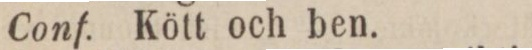
Conf. Kött och ben.